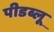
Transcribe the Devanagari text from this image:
पीडब्लू